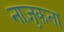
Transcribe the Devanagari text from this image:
नाज़ुकता